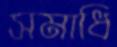
সমাধি